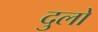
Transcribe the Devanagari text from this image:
दुलो